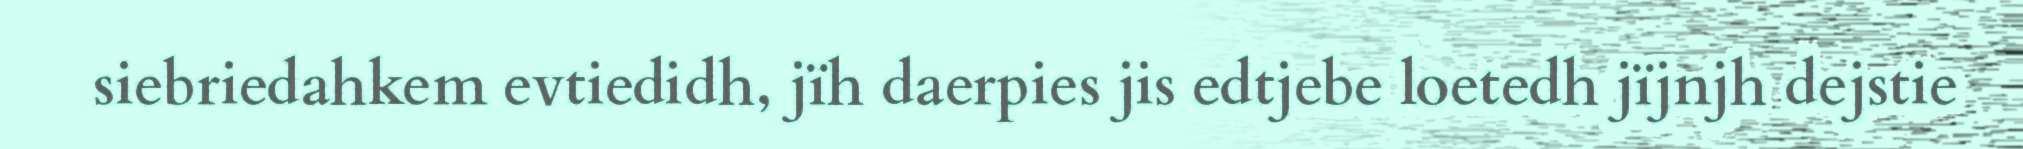
siebriedahkem evtiedidh, jïh daerpies jis edtjebe loetedh jïjnjh dejstie